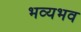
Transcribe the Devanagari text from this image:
भव्यभव